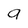
Character: a